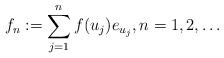
LaTeX: \begin{align*} f_n := \sum_{j=1}^n f(u_j) e_{u_j}, n=1,2,\ldots \end{align*}